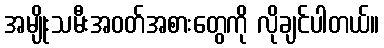
အမျိုးသမီးအဝတ်အစားတွေကို လိုချင်ပါတယ်။